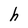
Character: h